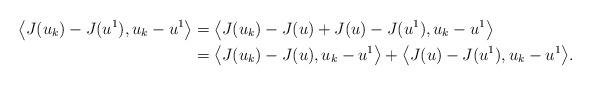
LaTeX: \begin{align*}\big<J(u_k)-J(u^1),u_k-u^1\big>&=\big<J(u_k)-J(u)+J(u)-J(u^1),u_k-u^1\big>\\&=\big<J(u_k)-J(u),u_k-u^1\big>+\big<J(u)-J(u^1),u_k-u^1\big>.\end{align*}